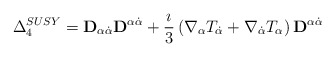
\begin{align*}\Delta_{4}^{SUSY} = {\bf D}_{\alpha\dot{\alpha}}{\bf D}^{\alpha\dot{\alpha}} +\frac{\imath}{3}\left(\nabla_{\alpha}T_{\dot{\alpha}} + \nabla_{\dot{\alpha}}T_{\alpha}\right){\bf D}^{\alpha\dot{\alpha}}\end{align*}